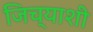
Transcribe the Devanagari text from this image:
जिच्याशी